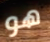
هو